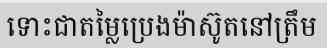
ទោះជាតម្លៃប្រេងម៉ាស៊ូតនៅត្រឹម